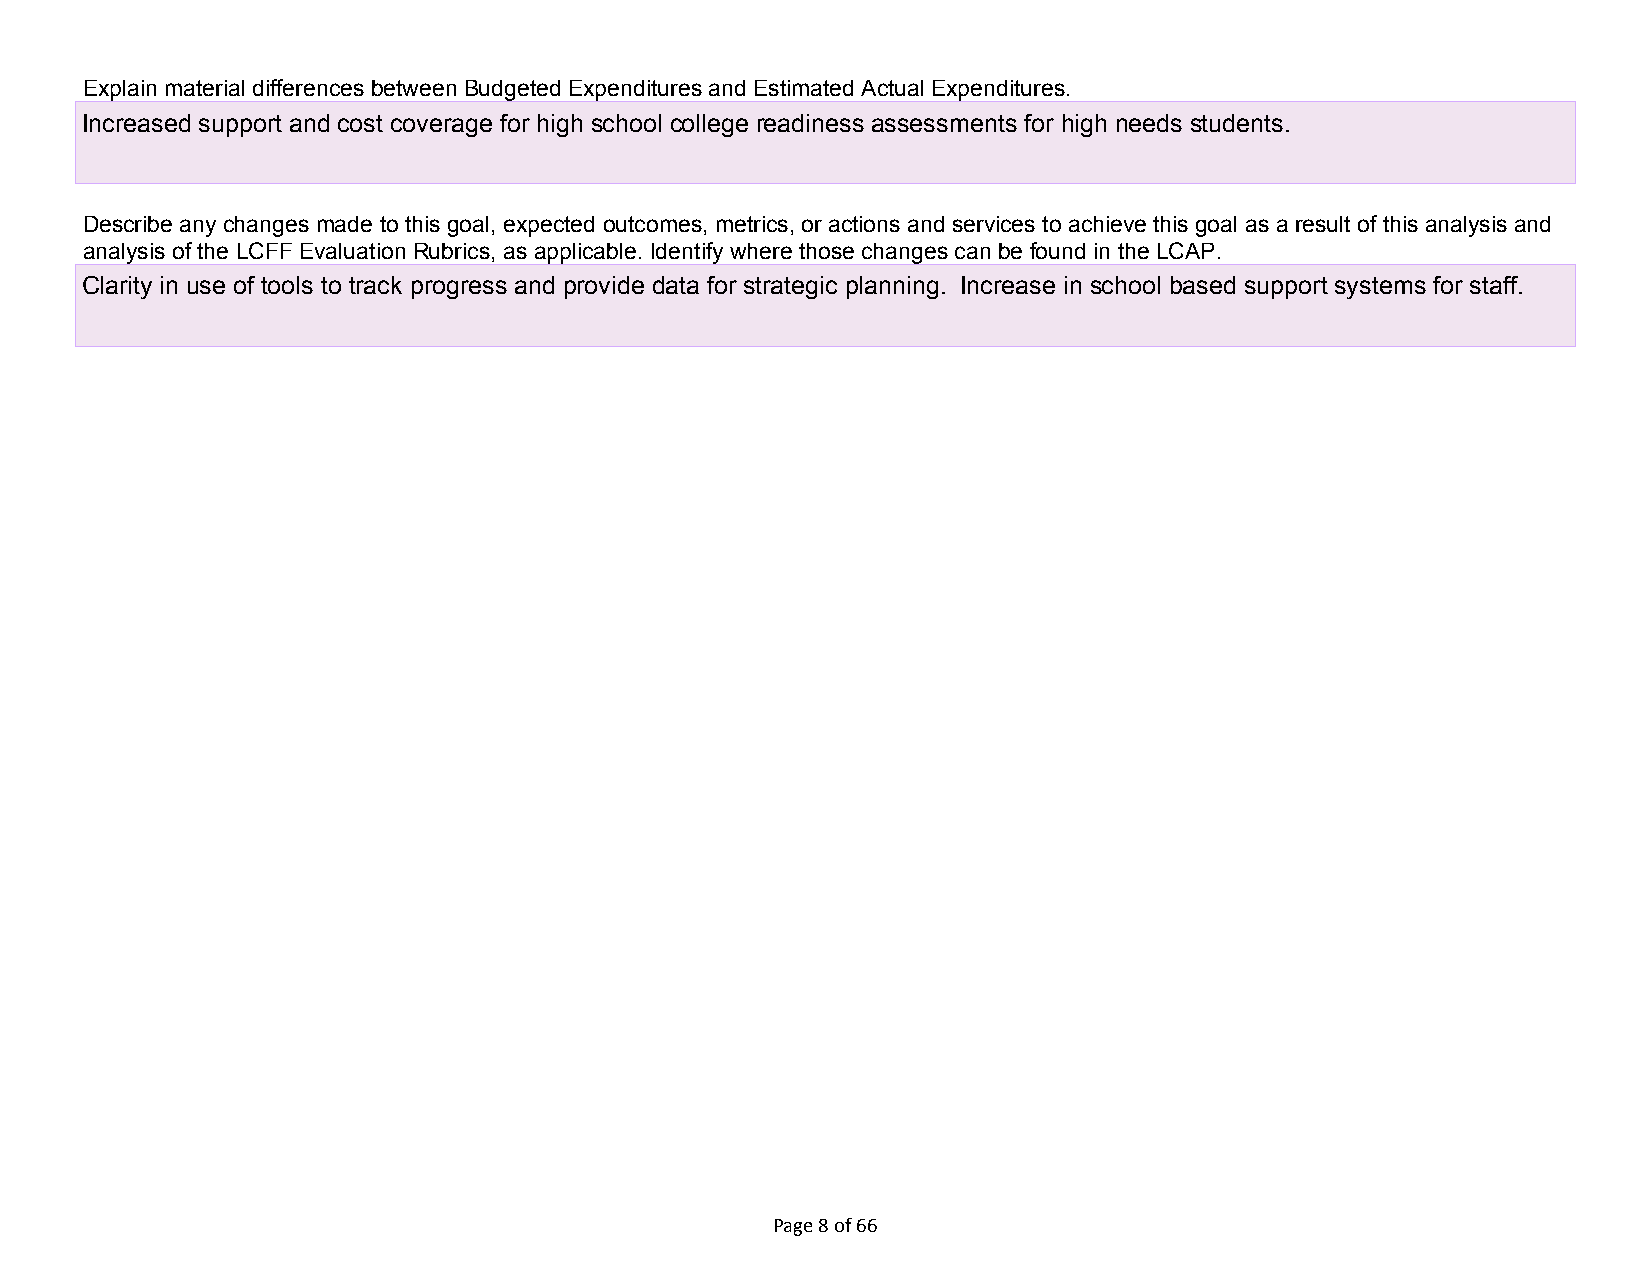
Explain material differences between Budgeted Expenditures and Estimated Actual Expenditures.
 Increased support and cost coverage for high school college readiness assessments for high needs students.
 Describe any changes made to this goal, expected outcomes, metrics, or actions and services to achieve this goal as a result of this analysis and
 analysis of the LCFF Evaluation Rubrics, as applicable. Identify where those changes can be found in the LCAP.
 Clarity in use of tools to track progress and provide data for strategic planning. Increase in school based support systems for staff.
 Page 8 of 66